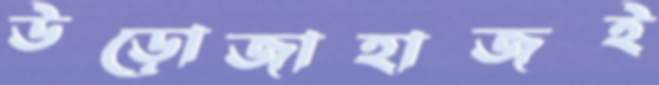
উড়োজাহাজই